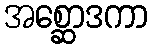
အစ္ဆောဒကာ